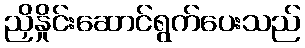
ညှိနှိုင်းဆောင်ရွက်ပေးသည်